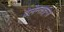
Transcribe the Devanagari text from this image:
वेलेन्ताइन्ज़